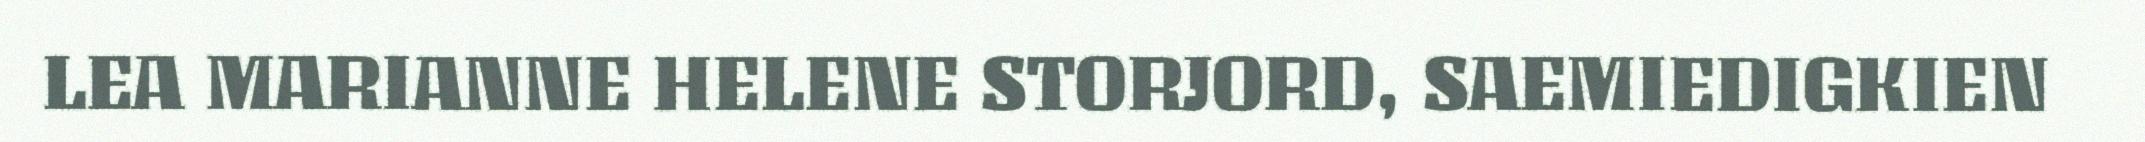
LEA MARIANNE HELENE STORJORD, SAEMIEDIGKIEN